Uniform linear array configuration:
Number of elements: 4
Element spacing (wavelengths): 0.25
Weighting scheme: binomial
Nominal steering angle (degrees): -60
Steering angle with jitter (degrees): -59.974
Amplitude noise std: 0.05
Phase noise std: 0.05

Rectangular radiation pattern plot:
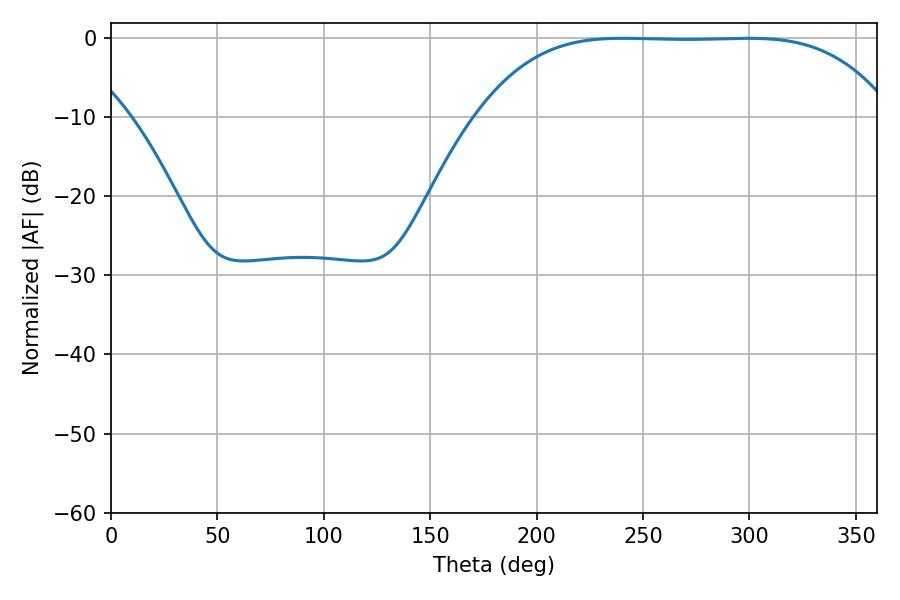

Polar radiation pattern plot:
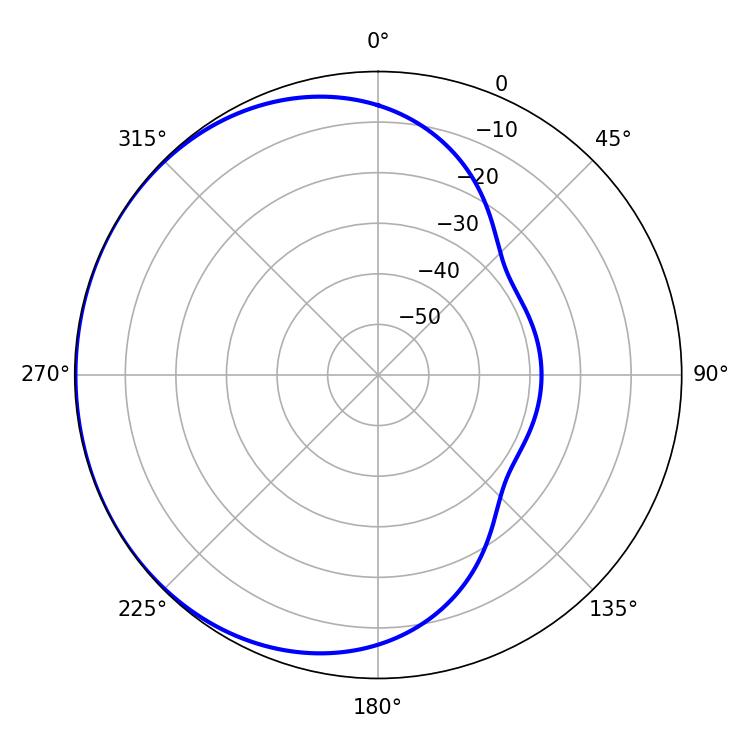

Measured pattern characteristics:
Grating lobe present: FALSE
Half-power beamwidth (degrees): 147.96
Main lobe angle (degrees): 240.48